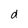
Character: d